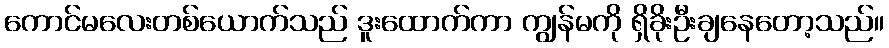
ကောင်မလေးတစ်ယောက်သည် ဒူးထောက်ကာ ကျွန်မကို ရှိခိုးဦးချနေတော့သည်။